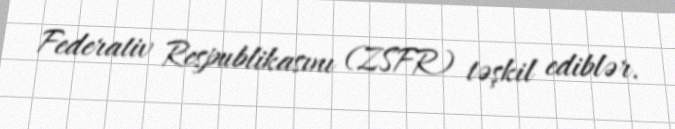
Federativ Respublikasını (ZSFR) təşkil ediblər.